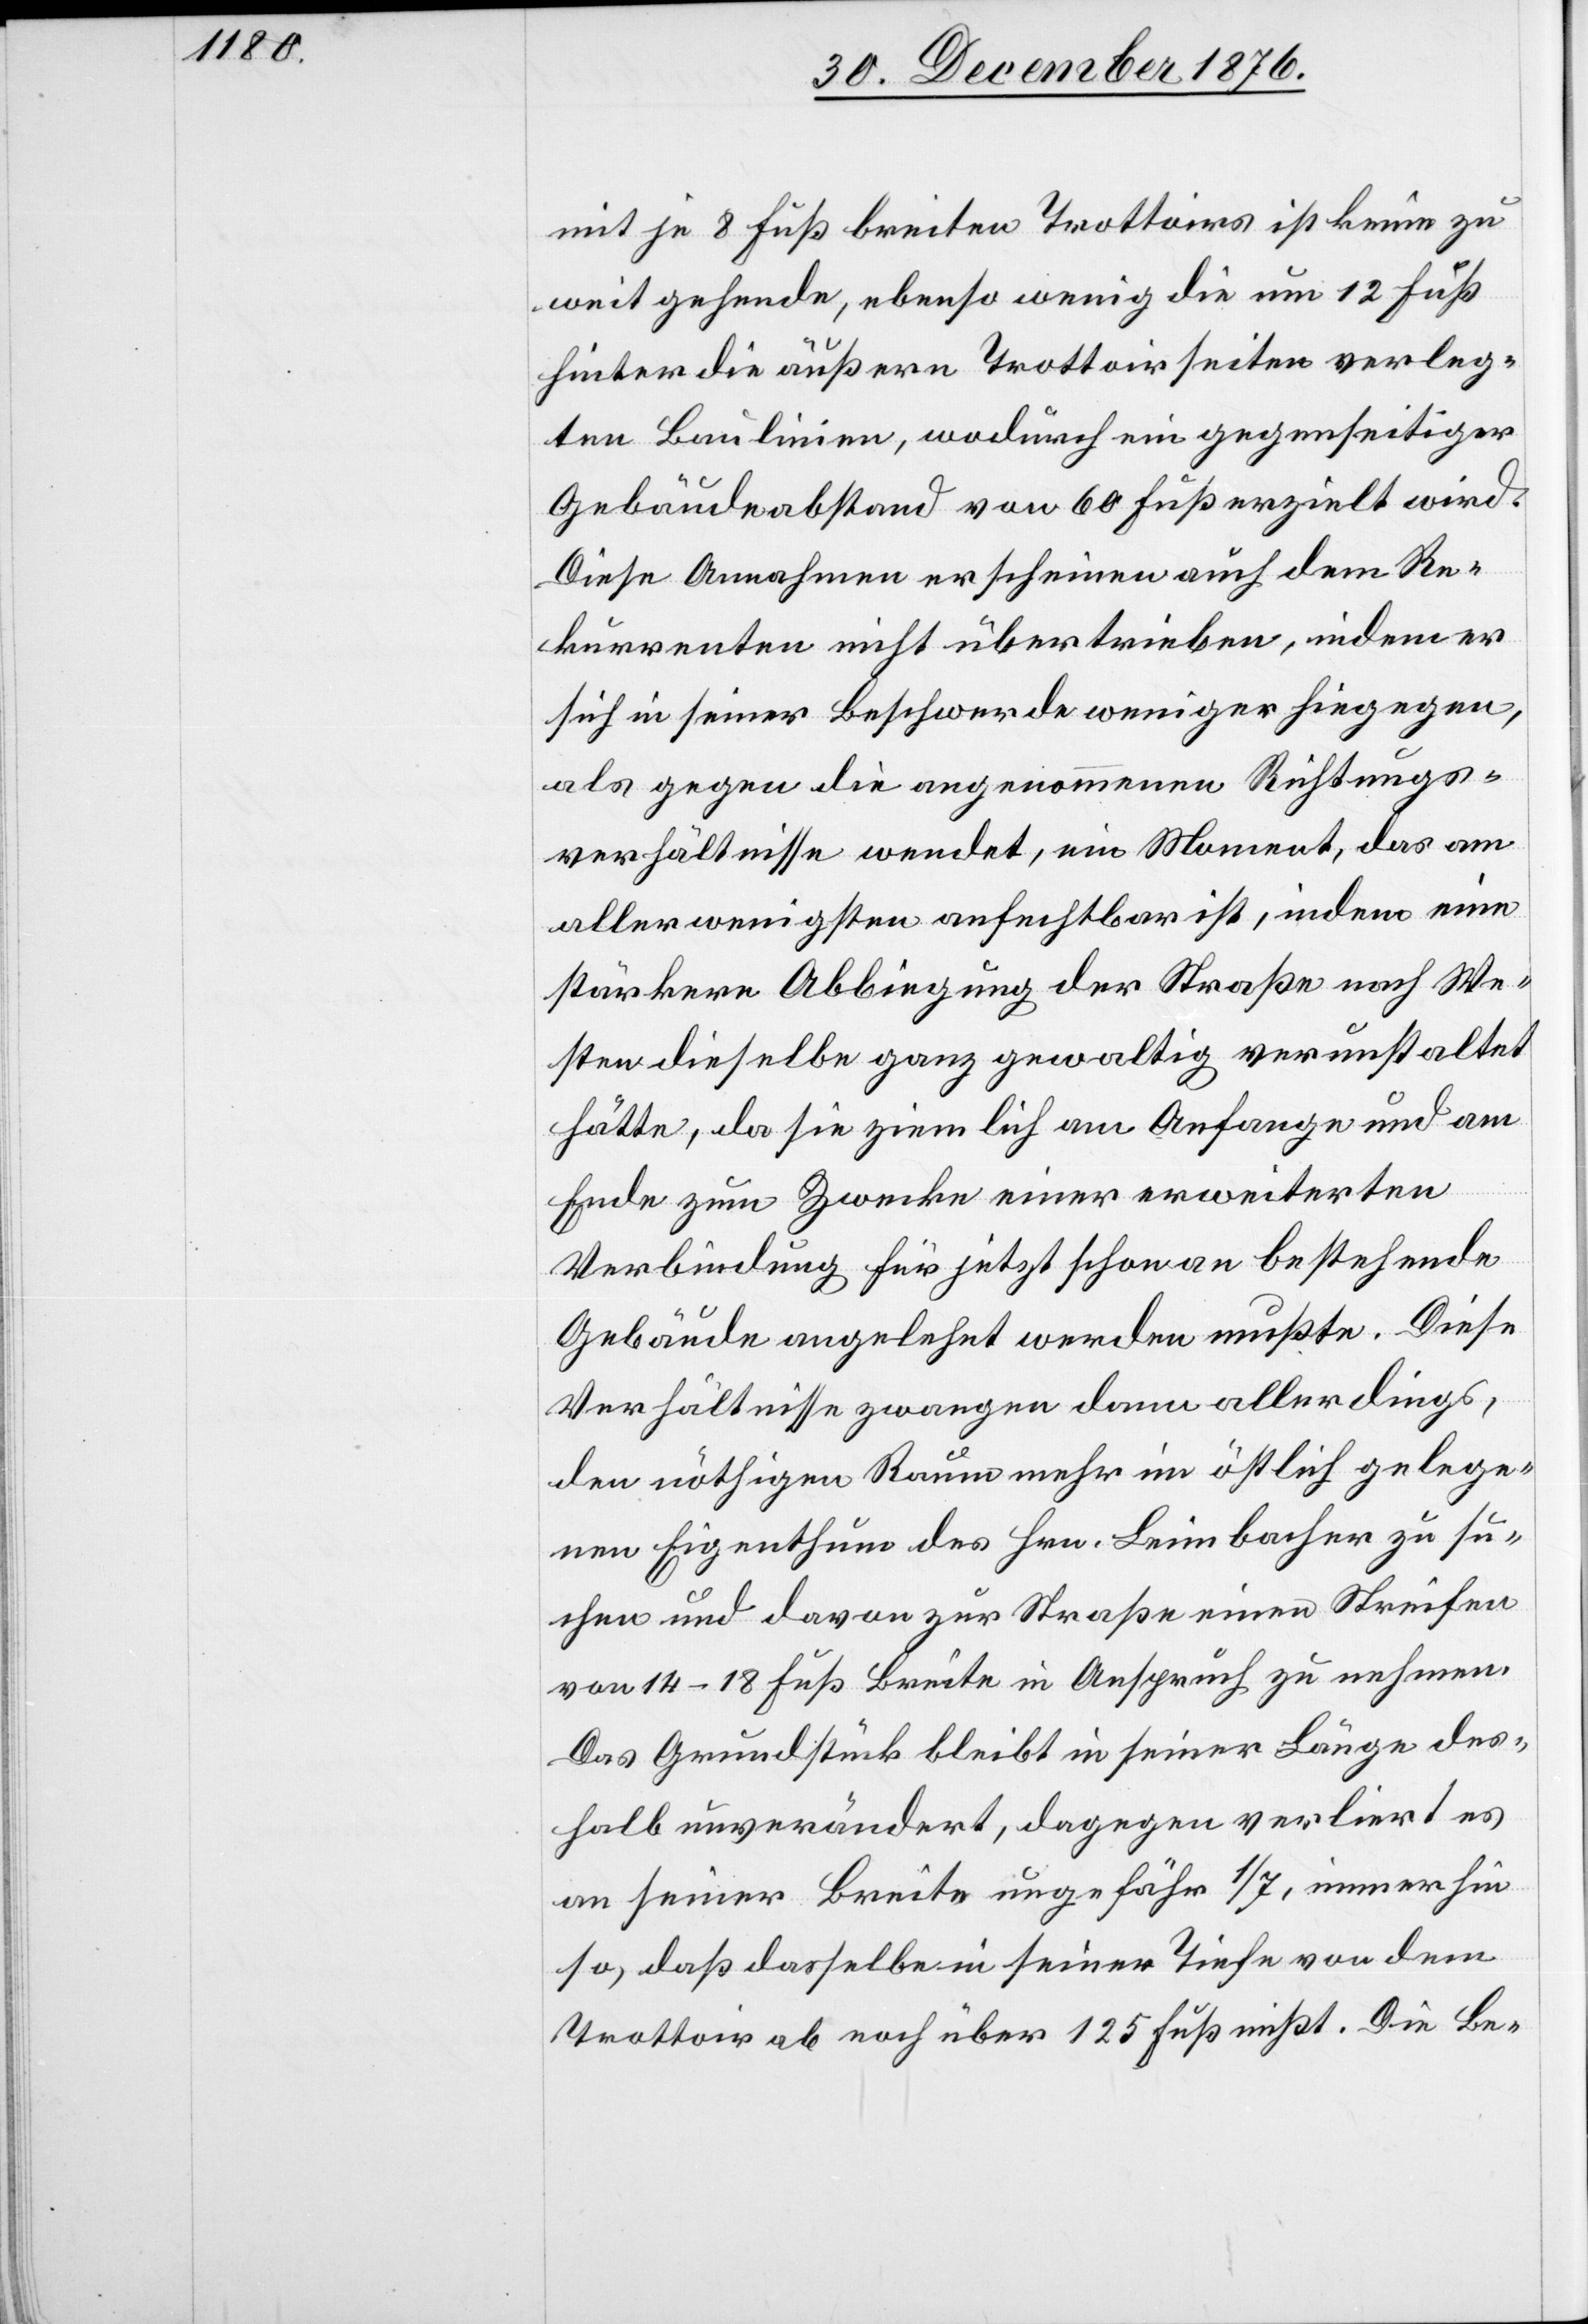
mit je 8 Fuß breiten Trottoirs ist keine zu
weit gehende, ebenso wenig die um 12 Fuß
hinter die äußern Trottoirseiten verleg¬
ten Baulinien, wodurch ein gegenseitiger
Gebäudeabstand von 60 Fuß erzielt wird.
Diese Annahmen erschienen auch dem Re¬
kurrenten nicht übertrieben, indem er
sich in seiner Beschwerde weniger hiegegen,
als gegen die angenommenen Richtungs¬
verhältnisse wendet, ein Moment, das am
allerwenigsten anfechtbar ist, indem eine
stärkere Abbiegung der Straße nach We¬
sten dieselbe ganz gewaltig verunstaltet
hätte, da sie ziemlich am Anfange und am
Ende zum Zwecke einer erweiterten
Verbindung für jetzt schon an bestehende
Gebäude angelehnt werden mußte. Diese
Verhältnisse zwangen dann allerdings,
den nöthigen Raum mehr im östlich gelege¬
nen Eigenthum des Hrn. Leimbacher zu su¬
chen und davon zur Straße einen Streifen
von 14–18 Fuß Breite in Anspruch zu nehmen.
Das Grundstück bleibe in seiner Länge des¬
halb unverändert, dagegen verliert es
an seiner Breite ungefähr 1/7, immerhin
so, daß dasselbe in seiner Tiefe von dem
Trottoir ab noch über 125 Fuß mißt. Die Be-